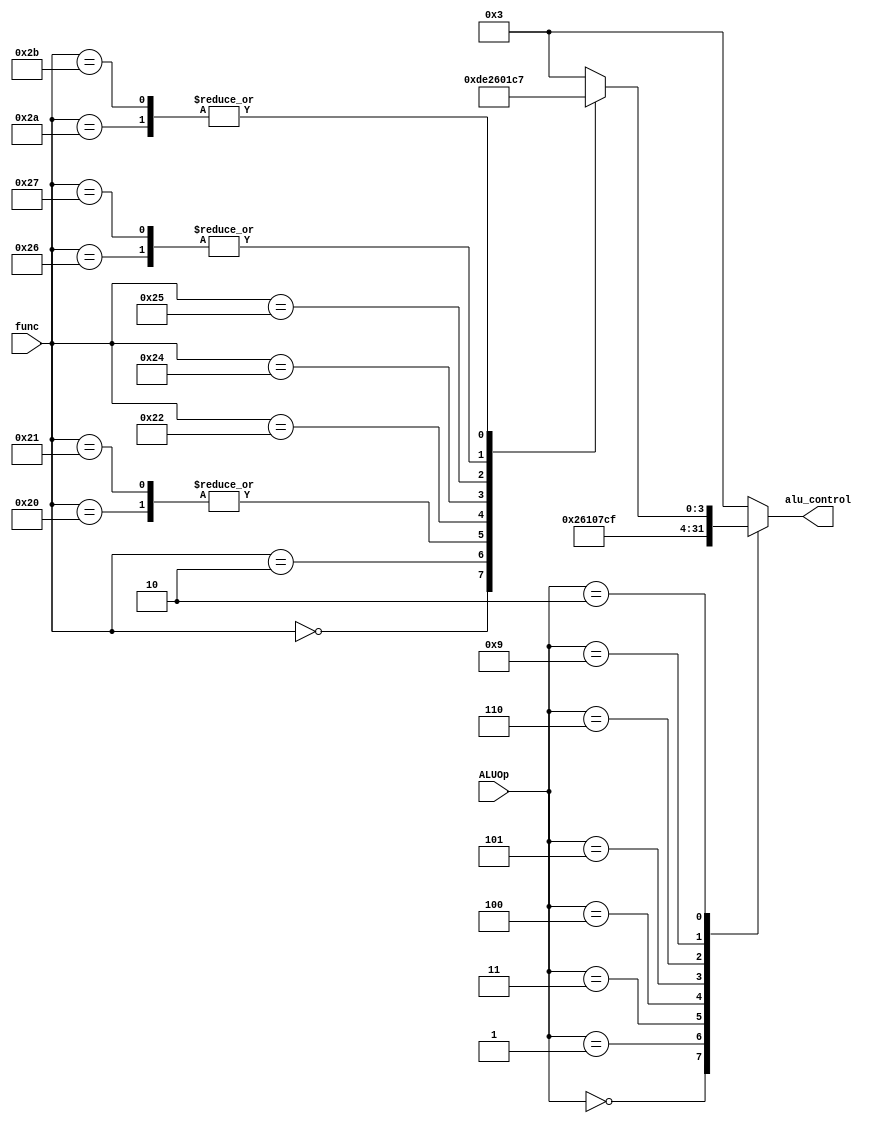
module alu_control(
    input [5:0] func,
    input [3:0] ALUOp,
    output reg [3:0]  alu_control
);

always @(*) begin 
    case(ALUOp) 
        4'b0000:alu_control <= 4'd2;      //+
        4'b0001:alu_control <= 4'd6;      //-
        4'b0011:alu_control <= 4'd1;         //or
        4'b0100:alu_control <= 4'd0;         //and
        4'b0101:alu_control <= 4'd7;     //
        4'b0110:alu_control <= 4'd12;    //
        4'b1001:alu_control <= 4'd15;  //
        4'b0010: begin                     //R-type
            case(func) 
                6'd0:alu_control <= 4'd13;
                6'd2:alu_control <= 4'd14;
                6'd32:alu_control <= 4'd2;
                6'd33:alu_control <= 4'd2;
                6'd34:alu_control <= 4'd6;
                6'd36:alu_control <= 4'd0;
                6'd37:alu_control <= 4'd1;
                6'd38:alu_control <= 4'd12;
                6'd39:alu_control <= 4'd12;
                6'd42:alu_control <= 4'd7;
                6'd43:alu_control <= 4'd7;
                default:alu_control <= 4'd3;           
            endcase
        end
        default:alu_control <= 4'd3;
    endcase
end 

endmodule